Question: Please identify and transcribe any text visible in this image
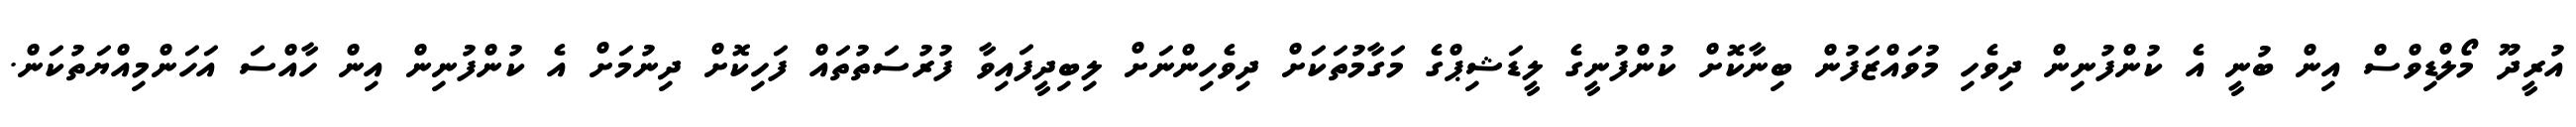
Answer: އުރީދޫ މޯލްޑިވްސް އިން ބުނީ އެ ކުންފުނިން ދިވެހި މުވައްޒަފުން ބިނާކޮށް ކުންފުނީގެ ލީޑަޝިޕްގެ މަގާމުތަކަށް ދިވެހިންނަށް ލިބިދީފައިވާ ފުރުސަތުތައް ފަހިކޮށް ދިނުމަށް އެ ކުންފުނިން އިން ހާއްސަ އަހަންމިއްޔަތުކަން.